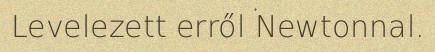
Levelezett erről Newtonnal.